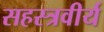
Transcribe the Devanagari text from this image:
सहस्त्रवीर्य